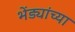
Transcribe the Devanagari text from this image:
भेंड्यांच्या